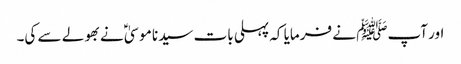
اور آپﷺ نے فرمایا کہ پہلی بات سیدنا موسیٰؑ نے بھولے سے کی۔